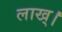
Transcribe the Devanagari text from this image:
लाख्।